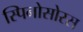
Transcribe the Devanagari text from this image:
स्‍पिनोसोरस